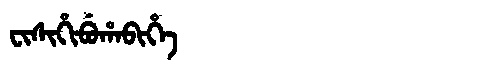
Manchu: ᠸᡳᠰᡳᡥᡳᠪᡠᡥᠠᠪᡳᡥᡝ
Romanization: FISIHIBUHABIHE